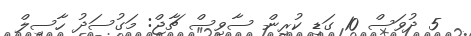
5 ދުވަސް 10 ގަޑި ކުރިން ސާވިސް ޗާޖް: މަގުސަދު ހާސިލް